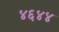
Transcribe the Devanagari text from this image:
४६४४